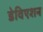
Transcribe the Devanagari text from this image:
डेविएशन